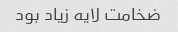
ضخامت لایه زیاد بود